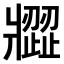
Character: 𤖗